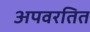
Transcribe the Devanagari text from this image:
अपवरतित